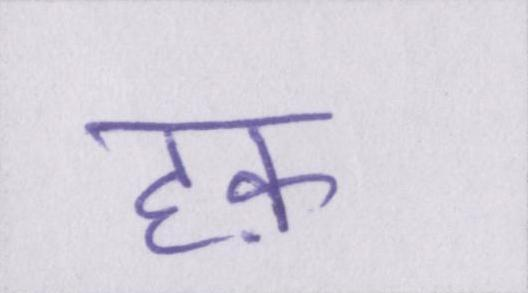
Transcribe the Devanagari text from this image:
हक़